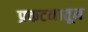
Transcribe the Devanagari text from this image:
प्रकटनातून